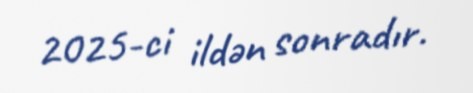
2025-ci ildən sonradır.